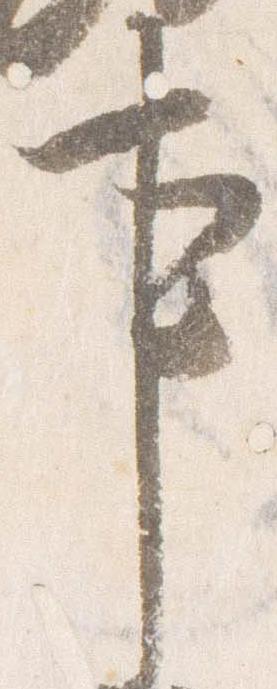
事